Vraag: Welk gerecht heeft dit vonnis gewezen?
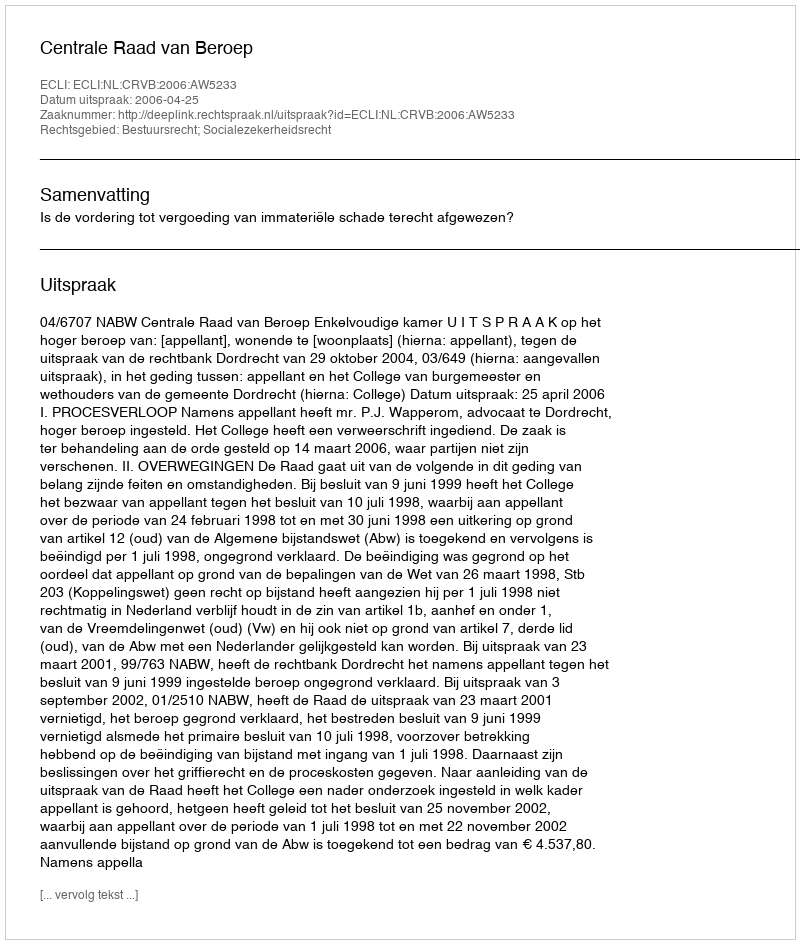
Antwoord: Centrale Raad van Beroep